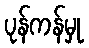
ပုန်ကန်မှု